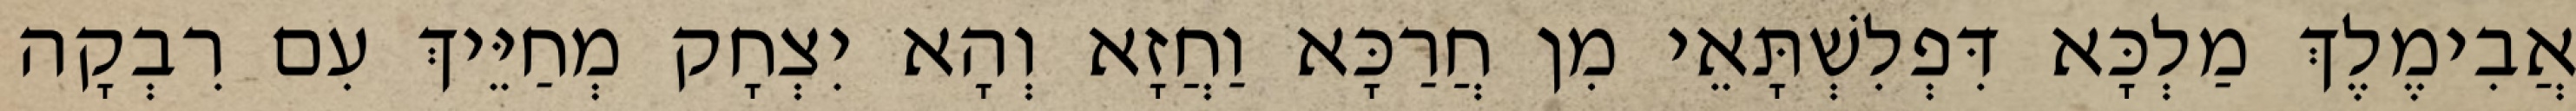
אֲבִימֶלֶךְ מַלְכָּא דִּפְלִשְׁתָּאֵי מִן חֲרַכָּא וַחֲזָא וְהָא יִצְחָק מְחַיֵּיךְ עִם רִבְקָה